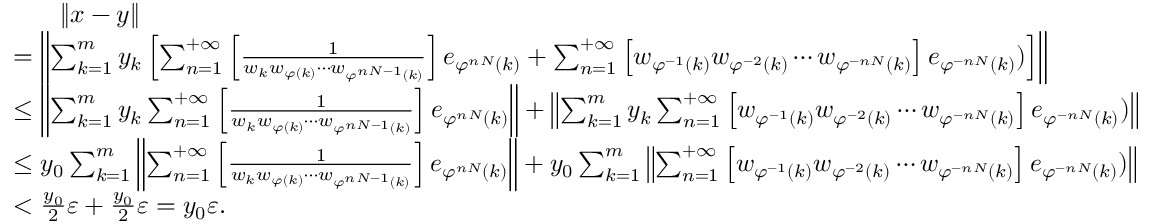
\begin{array} { r l } & { \mathrm { \quad ~ \, ~ } \lVert x - y \rVert } \\ & { = \left\lVert \sum _ { k = 1 } ^ { m } { y _ { k } \left[ \sum _ { n = 1 } ^ { + \infty } { \left[ \frac { 1 } { w _ { k } w _ { \varphi ( k ) } \cdots w _ { \varphi ^ { n N - 1 } ( k ) } } \right] e _ { \varphi ^ { n N } ( k ) } } + \sum _ { n = 1 } ^ { + \infty } { \left[ w _ { \varphi ^ { - 1 } ( k ) } w _ { \varphi ^ { - 2 } ( k ) } \cdots w _ { \varphi ^ { - n N } ( k ) } \right] e _ { \varphi ^ { - n N } ( k ) } } ) \right] } \right\rVert } \\ & { \le \left\lVert \sum _ { k = 1 } ^ { m } { y _ { k } \sum _ { n = 1 } ^ { + \infty } { \left[ \frac { 1 } { w _ { k } w _ { \varphi ( k ) } \cdots w _ { \varphi ^ { n N - 1 } ( k ) } } \right] e _ { \varphi ^ { n N } ( k ) } } } \right\rVert + \left\lVert { \sum _ { k = 1 } ^ { m } { y _ { k } \sum _ { n = 1 } ^ { + \infty } { \left[ w _ { \varphi ^ { - 1 } ( k ) } w _ { \varphi ^ { - 2 } ( k ) } \cdots w _ { \varphi ^ { - n N } ( k ) } \right] e _ { \varphi ^ { - n N } ( k ) } } ) } } \right\rVert } \\ & { \le y _ { 0 } \sum _ { k = 1 } ^ { m } { \left\lVert \sum _ { n = 1 } ^ { + \infty } { \left[ \frac { 1 } { w _ { k } w _ { \varphi ( k ) } \cdots w _ { \varphi ^ { n N - 1 } ( k ) } } \right] e _ { \varphi ^ { n N } ( k ) } } \right\rVert } + y _ { 0 } \sum _ { k = 1 } ^ { m } { \left\lVert { \sum _ { n = 1 } ^ { + \infty } { \left[ w _ { \varphi ^ { - 1 } ( k ) } w _ { \varphi ^ { - 2 } ( k ) } \cdots w _ { \varphi ^ { - n N } ( k ) } \right] e _ { \varphi ^ { - n N } ( k ) } } ) } \right\rVert } } \\ & { < \frac { y _ { 0 } } { 2 } \varepsilon + \frac { y _ { 0 } } { 2 } \varepsilon = y _ { 0 } \varepsilon . } \end{array}